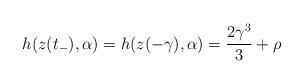
LaTeX: \begin{align*}h(z(t_{-}),\alpha)=h(z(-\gamma),\alpha)=\frac{2\gamma^{3}}{3}+\rho\end{align*}